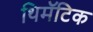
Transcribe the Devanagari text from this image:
थिमॅटिक